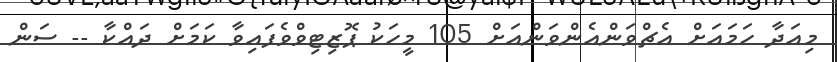
މިއަދާ ހަމައަށް އެޗްވަންއެންވަންއަށް 105 މީހަކު ޕޮޒިޓިވްވެފައިވާ ކަމަށް ދައްކާ -- ސަން